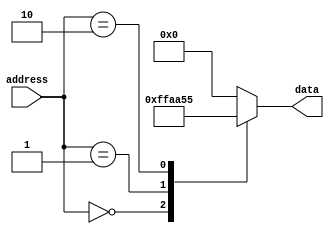
module rom (
    input [7:0] address,
    output reg [7:0] data
);

always @(*) begin
    case(address)
        8'h00: data = 8'hFF; // Data entry at address 0
        8'h01: data = 8'hAA; // Data entry at address 1
        8'h02: data = 8'h55; // Data entry at address 2
        // Add more data entries as needed
        default: data = 8'h00; // Default data entry
    endcase
end

endmodule